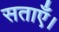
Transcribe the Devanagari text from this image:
सताएँ।